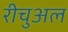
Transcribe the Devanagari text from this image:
रीचुअल